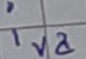
Text: iva